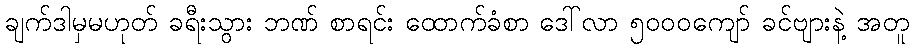
ချက်ဒါမှမဟုတ် ခရီးသွား ဘဏ် စာရင်း ထောက်ခံစာ ဒေါ်လာ ၅၀၀၀ကျော် ခင်ဗျားနဲ့ အတူ